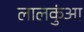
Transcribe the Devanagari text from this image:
लालकुंआ